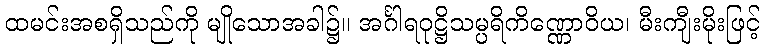
ထမင်းအစရှိသည်ကို မျိုသောအခါ၌။ အင်္ဂါရဝုဋ္ဌိသမ္ပရိကိဏ္ဏောဝိယ၊ မီးကျီးမိုးဖြင့်